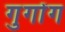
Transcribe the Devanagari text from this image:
गुगोंग